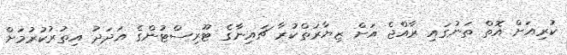
ކުރިއަށް އޮތް ތަނުގައި ރާއްޖެ އަށް ޒިޔާރަތްކުރާ ޗައިނާގެ ޓޫރިސްޓުންގެ އަދަދު އިތުރުކުރުމަށް